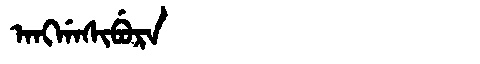
Manchu: ᠠᠩᡤᠠᠰᡳᠪᡠᡵᠠ
Romanization: ANGGASIBURA